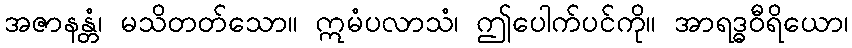
အဇာနန္တံ၊ မသိတတ်သော။ ဣမံပလာသံ၊ ဤပေါက်ပင်ကို။ အာရဒ္ဓဝီရိယော၊